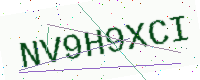
Text: NV9H9XCI